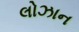
લોઝાન